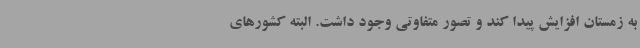
به زمستان افزایش پیدا کند و تصور متفاوتی وجود داشت. البته کشورهای